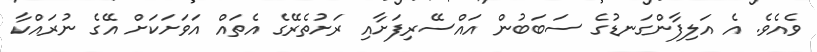
ވެއެވެ. އެ އަލިފާންގަނޑުގެ ސަބަބުން އައްސޭރިފަށާއި ރަށުތެރޭގެ އެތައް އަވަށަކަށް އޭގެ ނުރައްކާ